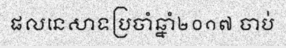
ផលនេសាទប្រចាំឆ្នាំ២០១៧ ចាប់